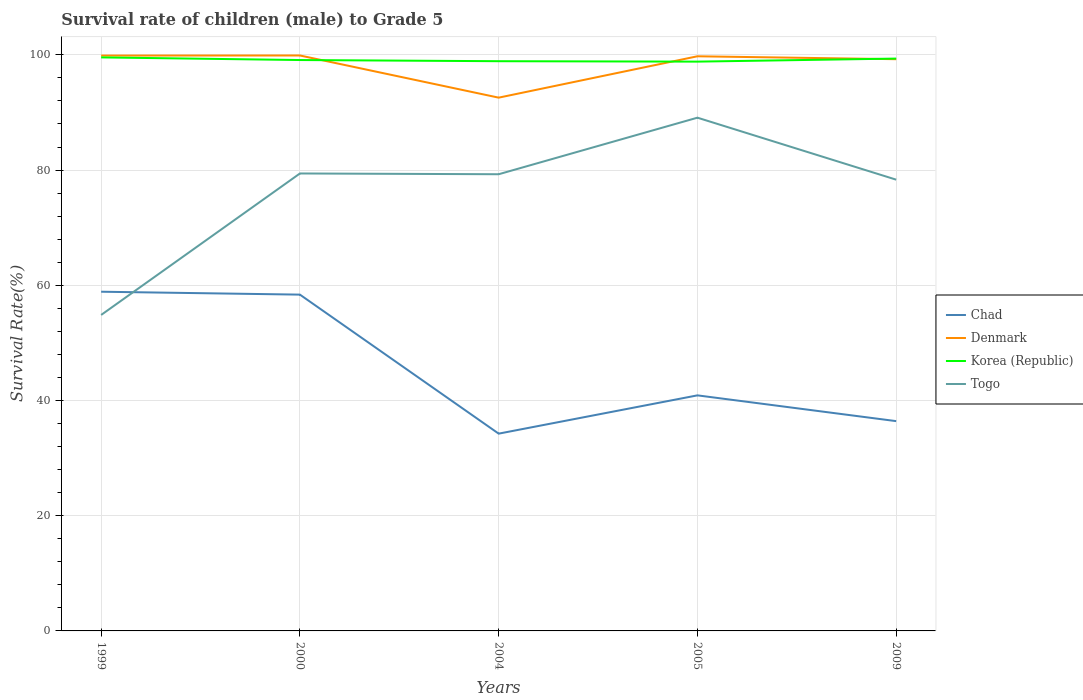
| Years | Chad | Denmark | Korea (Republic) | Togo |
 | --- | --- | --- | --- | --- |
 | 1999 | 58.9 | 99.9 | 99.6 | 54.8 |
 | 2000 | 58.4 | 99.9 | 99.1 | 79.4 |
 | 2004 | 34.2 | 92.6 | 98.9 | 79.3 |
 | 2005 | 40.9 | 99.8 | 98.8 | 89.1 |
 | 2009 | 36.4 | 99.2 | 99.4 | 78.3 |